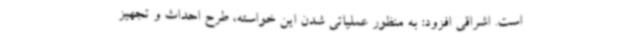
است. اشراقی افزود: به منظور عملیاتی شدن این خواسته، طرح احداث و تجهیز